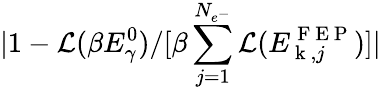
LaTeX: \lvert 1-\mathcal{L}(\beta E_{\gamma}^{0})/[\beta\sum_{j=1}^{N_{e^{-}}}\mathcal{L}(E_{\mathrm{~k~},j}^{\mathrm{~F~E~P~}})]\rvert